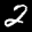
Label: 2